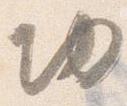
切